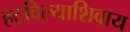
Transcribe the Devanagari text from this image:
हटविल्याशिवाय